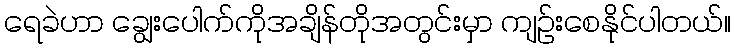
ရေခဲဟာ ချွေးပေါက်ကိုအချိန်တိုအတွင်းမှာ ကျဉ်းစေနိုင်ပါတယ်။